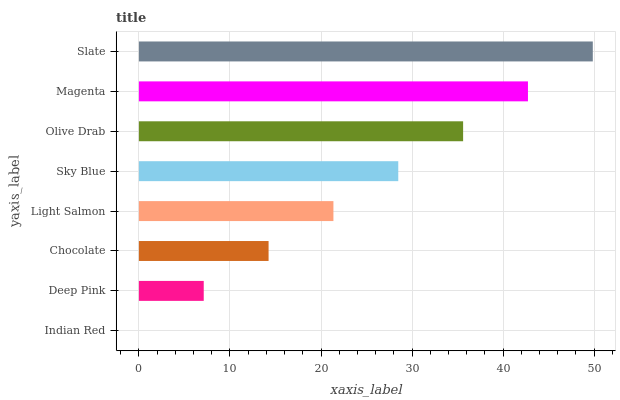
| yaxis_label | bars |
 | --- | --- |
 | Indian Red | 0 |
 | Deep Pink | 7.12 |
 | Chocolate | 14.2 |
 | Light Salmon | 21.4 |
 | Sky Blue | 28.5 |
 | Olive Drab | 35.6 |
 | Magenta | 42.7 |
 | Slate | 49.8 |